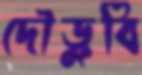
দৌড়ুবি